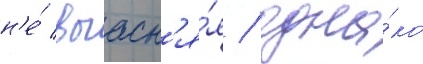
н'е́ выасн'я́я / одна́ко